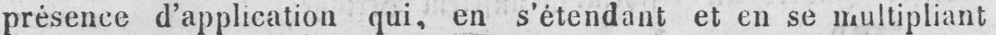
présence d’application qui, en s’étendant et en se multipliant